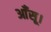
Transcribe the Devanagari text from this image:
आँसू।